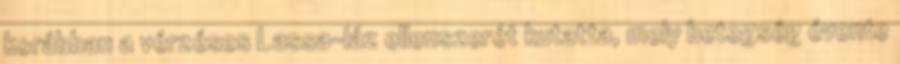
korábban a vérzéses Lassa-láz ellenszerét kutatta, mely betegség évente